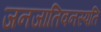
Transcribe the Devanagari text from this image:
जनजातिवनस्पति